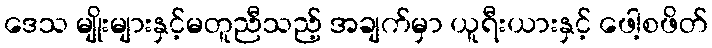
ဒေသ မျိုးများနှင့်မတူညီသည့် အချက်မှာ ယူရီးယားနှင့် ဖေါ့စဖိတ်